Annual administration report of the Civil Veterinary Department of India - 1899-1900
Year: 1899
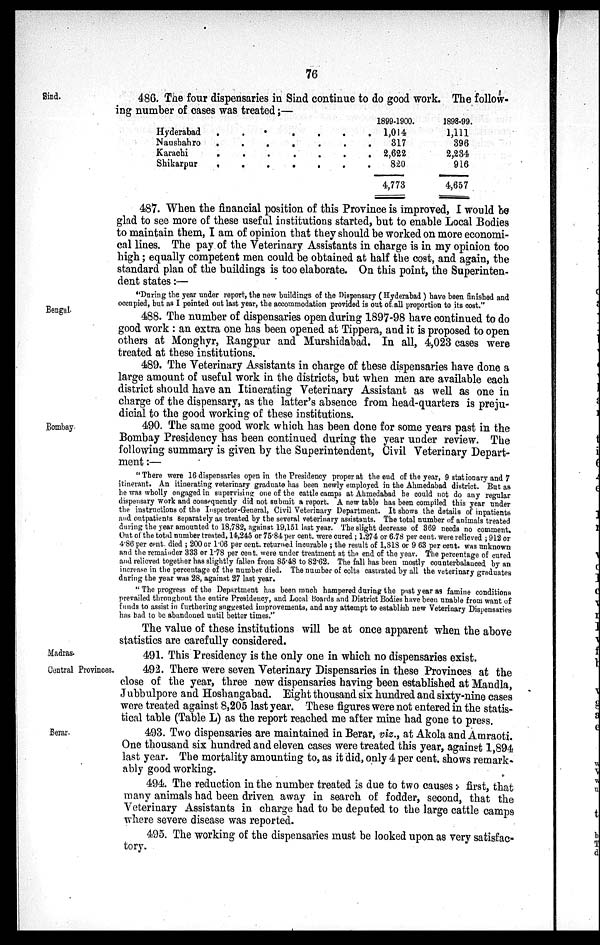
76
Sind.
486. The four dispensaries in Sind continue to do good work. The follow-
ing number of cases was treated;—
Hyderabad . . . . . . .
Naushahro
.
.
.
.
.
.
.
Karachi
.
.
.
.
.
.
.
Shikarpur
.
.
.
.
.
.
.
1899-1900.
1,014
317
2,622
820
4,773
1898-99
1,111
396
2,234
916
4,657
487. When the financial position of this Province is improved, I would be
glad to see more of: these useful institutions started, but to enable Local Bodies
to maintain them, I am of opinion that they should be worked on more economi-
cal lines. The pay of the Veterinary Assistants in charge is in my opinion too
high; equally competent men could be obtained at half the cost, and again, the
standard plan of the buildings is too elaborate. On this point, the Superinten-
dent states:—
Bengal.
"During the year under report, the new buildings of the Dispensary (Hyderabad) have been finished and
occupied, but as I pointed out last year, the accommodation provided is out of all proportion to its cost."
488. The number of dispensaries open during 1897-98 have continued to do
good work: an extra one has been opened at Tippera, and it is proposed to open
others at Monghyr, Rangpur and Murshidabad. In all, 4,023 cases were
treated at these institutions.
489. The Veterinary Assistants in charge of these dispensaries have done a
large amount of useful work in the districts, but when men are available each
district should have an Itinerating Veterinary Assistant as well as one in
charge of the dispensary, as the latter's absence from head-quarters is preju-
dicial to the good working of these institutions.
Bombay.
490. The same good work which has been done for some years past in the
Bombay Presidency has been continued during the year under review. The
following summary is given by the Superintendent, Civil Veterinary Depart-
ment :—
"There were 16 dispensaries open in the Presidency proper at the end of the year, 9 stationary and 7
itinerant. An itinerating veterinary graduate has been newly employed in the Ahmedabad district. But as
he was wholly engaged in supervising one of the cattle camps at Ahmedabad he could not do any regular
dispensary work and consequently did not submit a report. A new table has been compiled this year under
the instructions of the Inspector-General, Civil Veterinary Department. It shows the details of inpatients
and outpatients separately as treated by the several veterinary assistants. The total number of animals treated
during the year amounted to 18,782, against 19,151 last year. The slight decrease of 369 needs no comment.
Out of the total number treated, 14,245 or 75.84 per cent. were cured; 1,274 or 6.78 per cent. were relieved; 912 or
4.86 per cent died; 200 or 1.06 per cent. returned incurable; the result of 1.818 or 9.63 per cent. was unknown
and the remainder 333 or 1.78 per cent. were under treatment at the end of the year. The percentage of cured
and relieved together has slightly fallen from 85.48 to 82.62. The fall has been mostly counterbalanced by an
increase in the percentage of the number died. The number of colts castrated by all the veterinary graduates
during the year was 28, against 27 last year.
"The progress of the Department has been much hampered during the past year as famine conditions
prevailed throughout the entire Presidency, and Local Boards and District Bodies have been unable from want of
funds to assist in furthering suggested improvements, and any attempt to establish new Veterinary Dispensaries
has bad to be abandoned until better times."
The value of these institutions will be at once apparent when the above
statistics are carefully considered.
Madras.
Central Provinces.
491. This Presidency is the only one in which no dispensaries exist.
492. There were seven Veterinary Dispensaries in these Provinces at the
close of the year, three new dispensaries having been established at Mandla,
Jubbulpore and Hoshangabad. Eight thousand six hundred and sixty-nine cases
were treated against 8,205 last year. These figures were not entered in the statis-
tical table (Table L) as the report reached me after mine had gone to press.
Berar.
493. Two dispensaries are maintained in Berar, viz., at Akola and Amraoti.
One thousand six hundred and eleven cases were treated this year, against 1,894
last year. The mortality amounting to, as it did, only 4 per cent. shows remark-
ably good working.
494. The reduction in the number treated is due to two causes : first, that
many animals had been driven away in search of fodder, second, that the
Veterinary Assistants in charge had to be deputed to the large cattle camps
where severe disease was reported.
495. The working of the dispensaries must be looked upon as very satisfac-
tory.